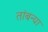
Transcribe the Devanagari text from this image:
तांबन्या